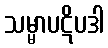
သမ္မာပဋိပဒါ